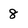
Character: 8